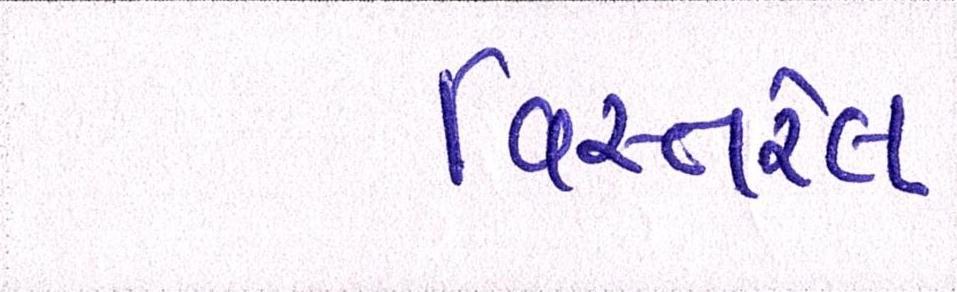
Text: વિસ્તરેલ